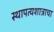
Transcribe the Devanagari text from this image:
स्थापत्यशात्राचा